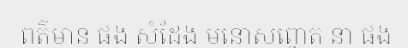
ពត៌មាន ផង សំដែង មនោសព្ចោត នា ផង